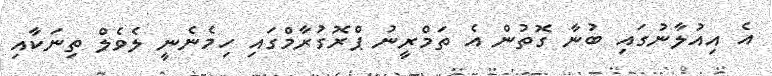
އެ އިއުލާނުގައި ބުނާ ގޮތުން އެ ތަމްރީނު ޕްރޮގުރާމްގައި ހިމެނެނީ ލެވެލް ތިނަކާއި